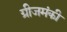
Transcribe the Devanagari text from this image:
ग्रीजमंकी